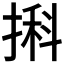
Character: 𢱃